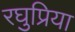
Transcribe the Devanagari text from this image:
रघुप्रिया